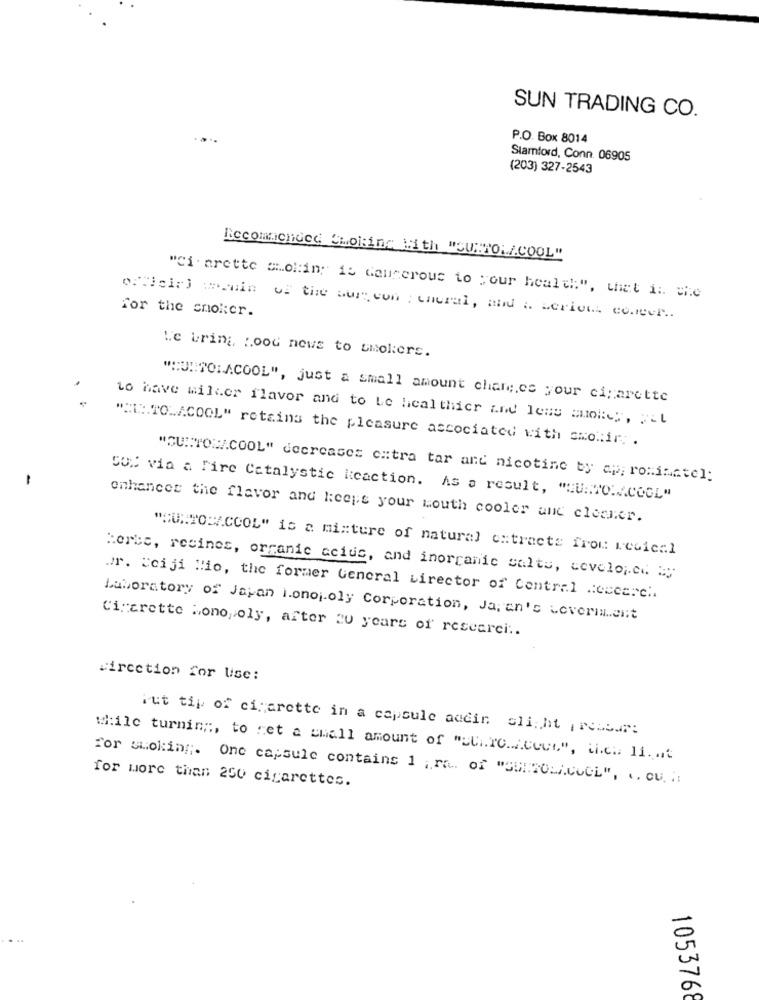
SUN TRADING CO.
P.O. Box 8014
Stamford, Conn. 06905
(203) 327-2543
Recommended Choi:ing With "SU"TOL/COOL"
"Ci arette choking is dangerous to your health", that is the
for the smoker.
erdeir) menin of the sur con : eneral, and a serious conner.
Le bring, good news to smokers.
""UNTONACOOL", just a small amount charco your cigarette
to have wilker flavor and to be healthier and less autokey, pit
"" TOACOOL" retains the pleasure associated with smotir.
-
"SU :: TOM.COOL" decreases citra tar and nicotine by ap; rominatel:
cox via a Fire Catalystic Reaction. As a result, "HU :. TOINCOOL"
enhancer the flavor and keeps your mouth cooler and clocher.
"HUR TOWA.COOL" is a mixture of natural extracte from recie:1
:erbe, resines, organic acius, and inorganic salts, developed by
.r. Ceiji Mio, the former General Director of Central .eccarch.
Laboratory of Japan i.onojoly Corporation, Japan's Leverment
Cigarette Monopoly, after 20 years of researci :.
circction for lise:
ist tip of cigarette in a capsule accin slight , ressar:
while turning, to ret a chall amount of "SCHICAcoum", ich li ...
for smoking. One capsule contains 1 ; ra. of "SENTOSACOOL", ". ou. "
for wore than 250 cigarettes.
1053768